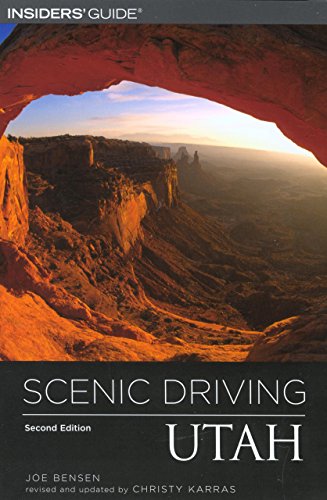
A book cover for Scenic Driving Utah, 2nd (Scenic Driving Series); Christy Karras; Travel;